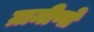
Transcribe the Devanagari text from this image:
ग्रामीणोँ